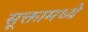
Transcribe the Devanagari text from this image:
सूक्तामध्ये